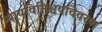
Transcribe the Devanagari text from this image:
न्यायविनिश्चयविवरण